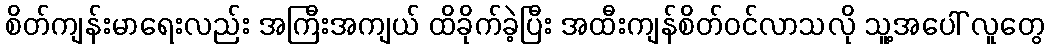
စိတ်ကျန်းမာရေးလည်း အကြီးအကျယ် ထိခိုက်ခဲ့ပြီး အထီးကျန်စိတ်ဝင်လာသလို သူ့အပေါ် လူတွေ